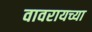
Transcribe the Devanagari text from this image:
वावरायच्या